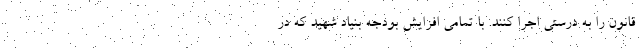
قانون را به درستی اجرا کنند. با تمامی افزایش بودجه بنیاد شهید که در